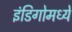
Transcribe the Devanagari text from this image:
इंडिगोमध्ये